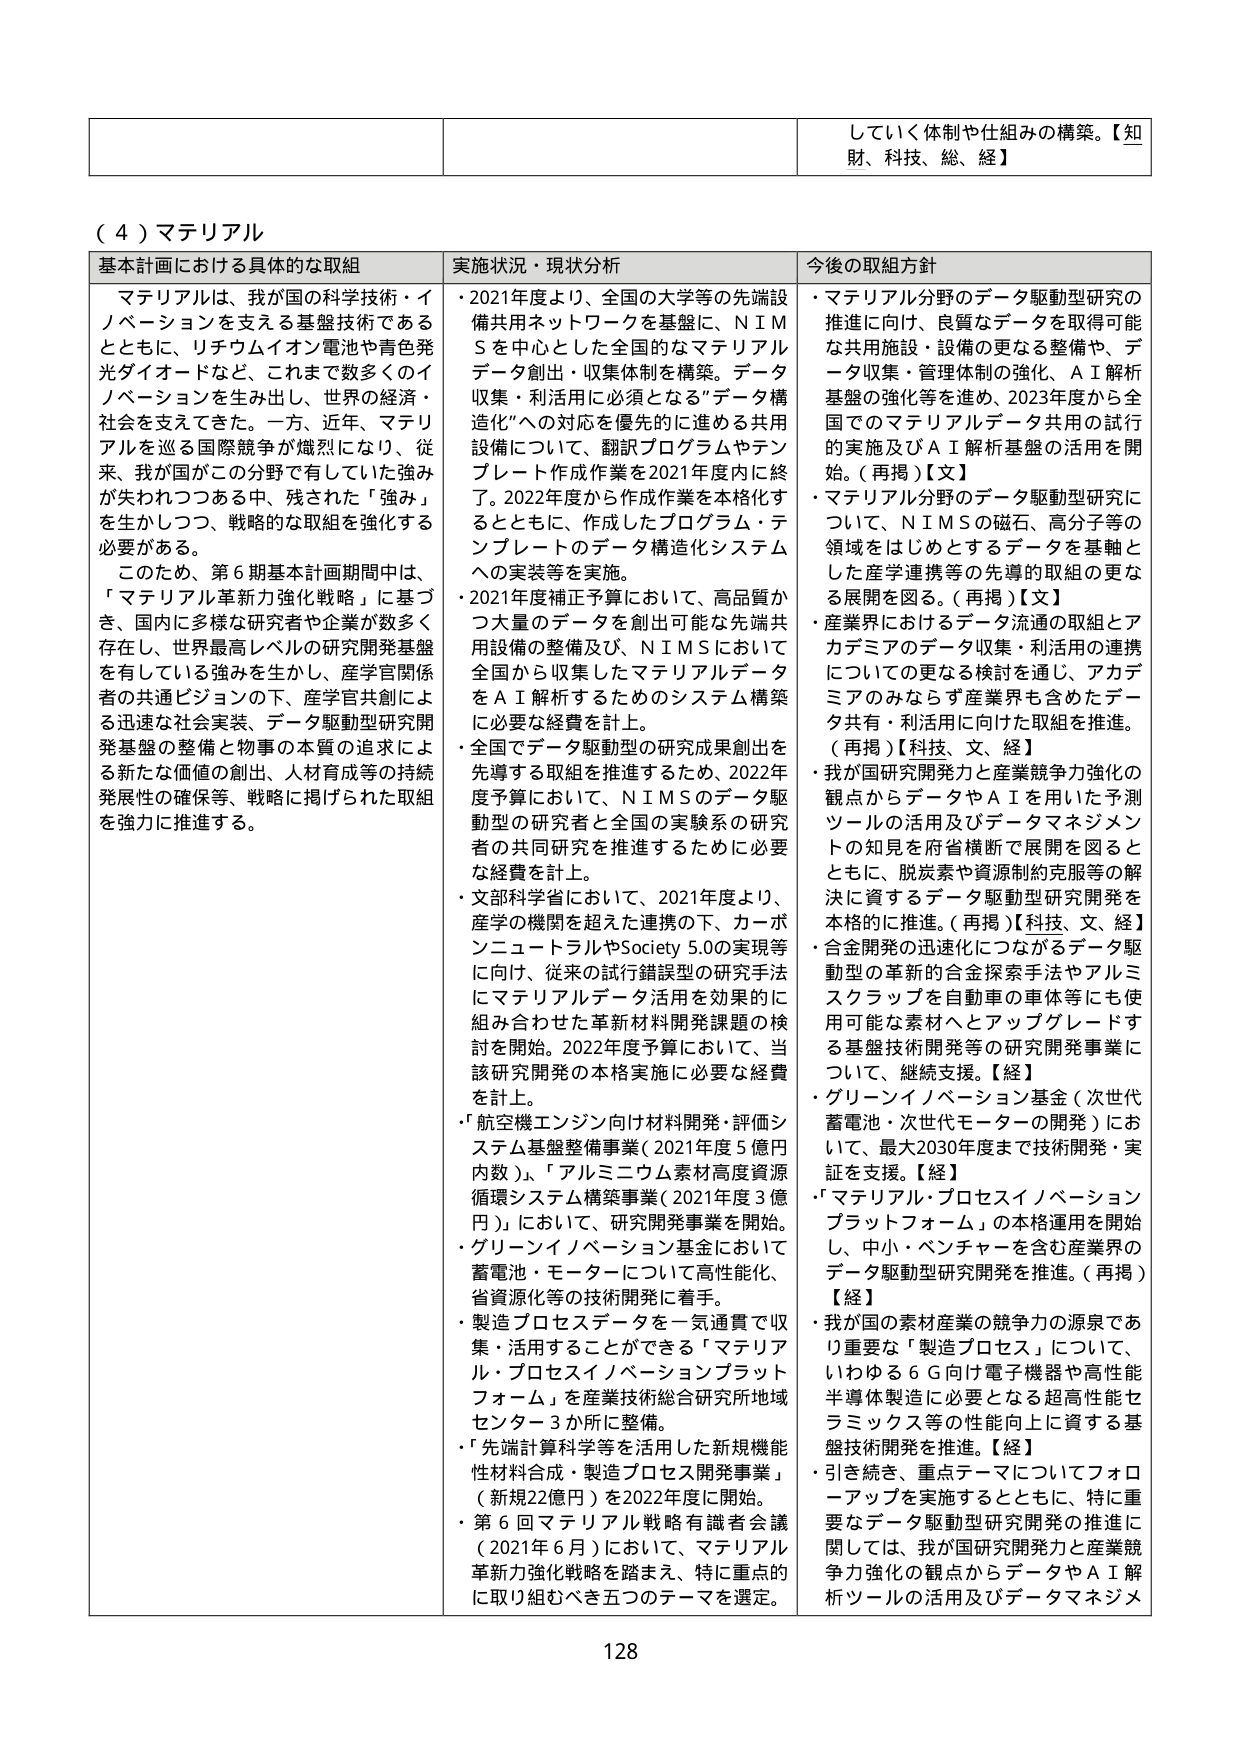
（４）マテリアル

基本計画における具体的な取組
マテリアルは、我が国の科学技術・イノベーションを支える基盤技術であるとともに、リチウムイオン電池や青色発光ダイオードなど、これまで数多くのイノベーションを生み出し、世界の経済・社会を支えてきた。一方、近年、マテリアルを巡る国際競争が熾烈になり、従来、我が国がこの分野で有していた強みが失われつつある中、残された「強み」を生かしつつ、戦略的な取組を強化する必要がある。
このため、第６期基本計画期間中は、「マテリアル革新力強化戦略」に基づき、国内に多様な研究者や企業が数多く存在し、世界最高レベルの研究開発基盤を有している強みを生かし、産学官関係者の共通ビジョンの下、産学官共創による迅速な社会実装、データ駆動型研究開発基盤の整備と物事の本質の追求による新たな価値の創出、人材育成等の持続発展性の確保等、戦略に掲げられた取組を強力に推進する。

実施状況・現状分析
・2021年度より、全国の大学等の先端設備共用ネットワークを基盤に、ＮＩＭＳを中心とした全国的なマテリアルデータ創出・収集体制を構築。データ収集・利活用に必須となる「データ構造化」への対応を優先的に進める共用設備について、翻訳プログラムやテンプレート作成作業を2021年度内に終了。2022年度から作成作業を本格化するとともに、作成したプログラム・テンプレートのデータ構造化システムへの実装等を実施。
・2021年度補正予算において、高品質かつ大量のデータを創出可能な先端共用設備の整備及び、ＮＩＭＳにおいて全国から収集したマテリアルデータをＡＩ解析するためのシステム構築に必要な経費を計上。
・全国でデータ駆動型の研究成果創出を先導する取組を推進するため、2022年度予算において、ＮＩＭＳのデータ駆動型の研究者と全国の実験系の研究者の共同研究を推進するために必要な経費を計上。
・文部科学省において、2021年度より、産学の機関を超えた連携の下、カーボンニュートラルやSociety 5.0の実現等に向け、従来の試行錯誤型の研究手法にマテリアルデータ活用を効果的に組み合わせた革新材料開発課題の検討を開始。2022年度予算において、当該研究開発の本格実施に必要な経費を計上。
・「航空機エンジン向け材料開発・評価システム基盤整備事業（2021年度5億円内数）」、「アルミニウム素材高度資源循環システム構築事業（2021年度3億円）」において、研究開発事業を開始。
・グリーンイノベーション基金において蓄電池・モーターについて高性能化、省資源化等の技術開発に着手。
・製造プロセスデータを一気通貫で収集・活用することができる「マテリアル・プロセスイノベーションプラットフォーム」を産業技術総合研究所地域センター3か所に整備。
・「先端計算科学等を活用した新規機能性材料合成・製造プロセス開発事業」（新規22億円）を2022年度に開始。
・第６回マテリアル戦略有識者会議（2021年6月）において、マテリアル革新力強化戦略を踏まえ、特に重点的に取り組むべき五つのテーマを選定。

今後の取組方針
・マテリアル分野のデータ駆動型研究の推進に向け、良質なデータを取得可能な共用施設・設備の更なる整備や、データ収集・管理体制の強化、ＡＩ解析基盤の強化等を進め、2023年度から全国でのマテリアルデータ共用の試行的実施及びＡＩ解析基盤の活用を開始。（再掲）【文】
・マテリアル分野のデータ駆動型研究について、ＮＩＭＳの磁石、高分子等の領域をはじめとするデータを基軸とした産学連携等の先導的取組の更なる展開を図る。（再掲）【文】
・産業界におけるデータ流通の取組とアカデミアのデータ収集・利活用の連携についての更なる検討を通じ、アカデミアのみならず産業界も含めたデータ共有・利活用に向けた取組を推進。（再掲）【科技、文、経】
・我が国研究開発力と産業競争力強化の観点からデータやＡＩを用いた予測ツールの活用及びデータマネジメントの知見を府省横断で展開を図るとともに、脱炭素や資源制約克服等の解決に資するデータ駆動型研究開発を本格的に推進。（再掲）【科技、文、経】
・合金開発の迅速化につながるデータ駆動型の革新的合金探索手法やアルミスクラップを自動車の車体等にも使用可能な素材へとアップグレードする基盤技術開発等の研究開発事業について、継続支援。【経】
・グリーンイノベーション基金（次世代蓄電池・次世代モーターの開発）において、最大2030年度まで技術開発・実証を支援。【経】
・「マテリアル・プロセスイノベーションプラットフォーム」の本格運用を開始し、中小・ベンチャーを含む産業界のデータ駆動型研究開発を推進。（再掲）【経】
・我が国の素材産業の競争力の源泉であり重要な「製造プロセス」について、いわゆる６Ｇ向け電子機器や高性能半導体製造に必要となる超高性能セラミックス等の性能向上に資する基盤技術開発を推進。【経】
・引き続き、重点テーマについてフォロー・アップを実施するとともに、特に重要なデータ駆動型研究開発の推進に関しては、我が国研究開発力と産業競争力強化の観点からデータやＡＩ解析ツールの活用及びデータマネジメ

していき体制や仕組みの構築。【知財、科技、総、経】

128